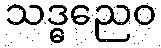
သဒ္ဓညေဝ